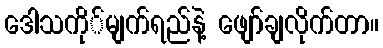
ဒေါသကို်မျက်ရည်နဲ့ ဖျော်ချလိုက်တာ။